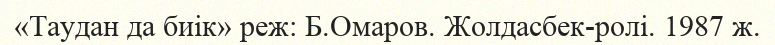
«Таудан да биік» реж: Б.Омаров. Жолдасбек-ролі. 1987 ж.